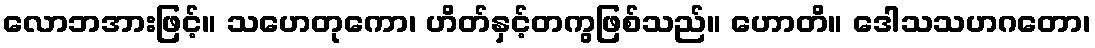
လောဘအားဖြင့်။ သဟေတုကော၊ ဟိတ်နှင့်တကွဖြစ်သည်။ ဟောတိ။ ဒေါသသဟဂတော၊